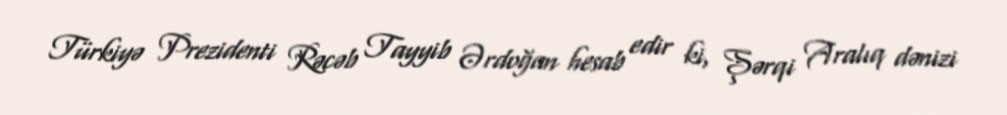
Türkiyə Prezidenti Rəcəb Tayyib Ərdoğan hesab edir ki, Şərqi Aralıq dənizi